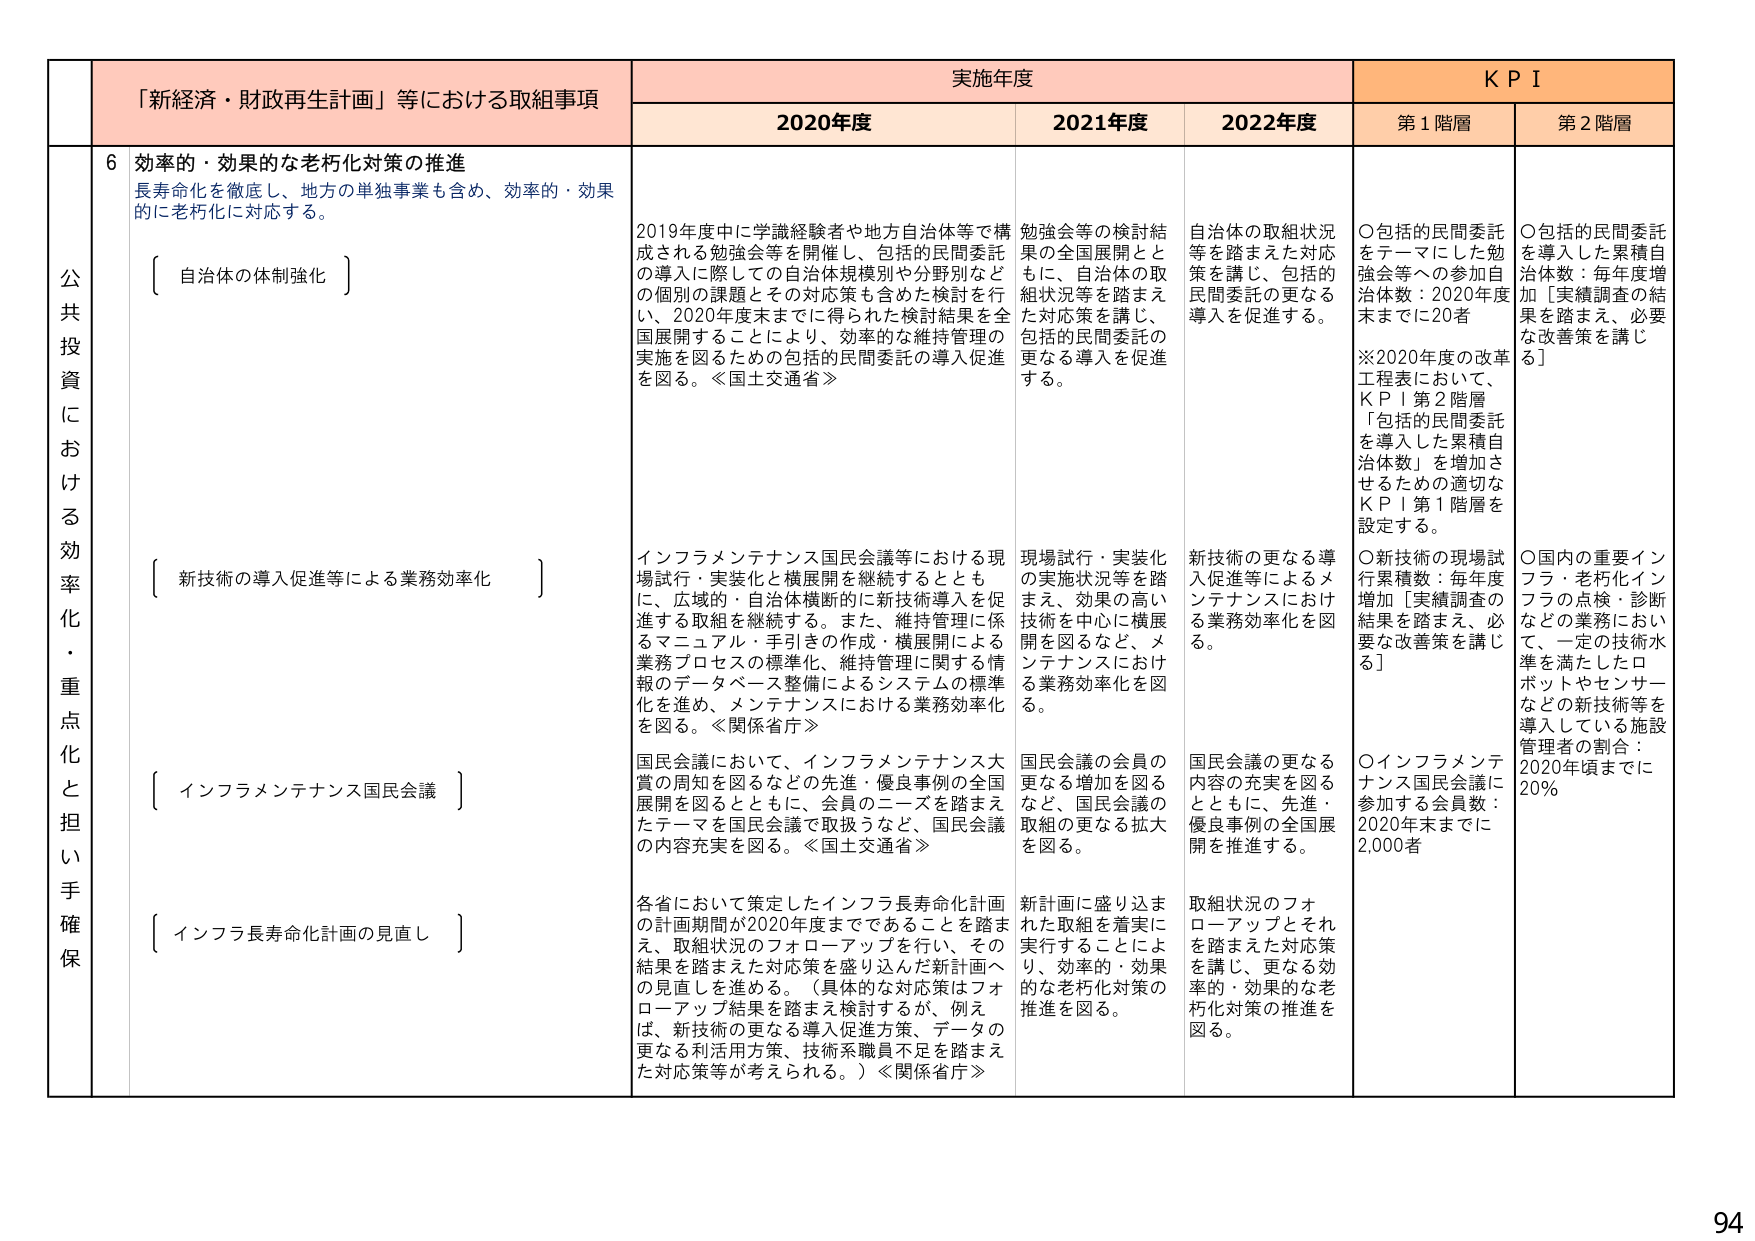
公共投資における効率化・重点化と担い手確保

「新経済・財政再生計画」等における取組事項

6 効率的・効果的な老朽化対策の推進
長寿命化を徹底し、地方の単独事業も含め、効率的・効果的に老朽化に対応する。

〔 自治体の体制強化 〕

〔 新技術の導入促進等による業務効率化 〕

〔 インフラメンテナンス国民会議 〕

〔 インフラ長寿命化計画の見直し 〕

実施年度

2020年度
2019年度中に学識経験者や地方自治体等で構成される勉強会等を開催し、包括的民間委託の導入に際しての自治体規模別や分野別などの個別の課題とその対応策も含めた検討を行い、2020年度末までに得られた検討結果を全国展開することにより、効率的な維持管理の実施を図るための包括的民間委託の導入促進を図る。≪国土交通省≫

インフラメンテナンス国民会議等における現場試行・実装化と横展開を継続するとともに、広域的・自治体横断的に新技術導入を促進する取組を継続する。また、維持管理に係るマニュアル・手引きの作成・横展開による業務プロセスの標準化、維持管理に関する情報のデータベース整備によるシステムの標準化を進め、メンテナンスにおける業務効率化を図る。≪関係省庁≫

国民会議において、インフラメンテナンス大賞の周知を図るなどの先進・優良事例の全国展開を図るとともに、会員のニーズを踏まえたテーマを国民会議で取扱うなど、国民会議の内容充実を図る。≪国土交通省≫

各省において策定したインフラ長寿命化計画の計画期間が2020年度までであることを踏まえ、取組状況のフォローアップを行い、その結果を踏まえた対応策を盛り込んだ新計画への見直しを進める。（具体的な対応策はフォローアップ結果を踏まえ検討するが、例えば、新技術の更なる導入促進方策、データの更なる利活用方策、技術系職員不足を踏まえた対応策等が考えられる。）≪関係省庁≫

2021年度
勉強会等の検討結果もとに、自治体の取組状況等を踏まえた対応策を講じ、包括的民間委託の更なる導入を促進する。

現場試行・実装化の実施状況等を踏まえ、効果の高い技術を中心に横展開を図るなど、メンテナンスにおける業務効率化を図る。

国民会議の会員の更なる増加を図るなど、国民会議の取組の更なる拡大を図る。

新計画に盛り込まれた取組を着実に実行することにより、効率的・効果的な老朽化対策の推進を図る。

2022年度
自治体の取組状況等を踏まえた対応策を講じ、包括的民間委託の更なる導入を促進する。

新技術の更なる導入促進等によるメンテナンスにおける業務効率化を図る。

国民会議の更なる内容の充実を図るとともに、先進・優良事例の全国展開を推進する。

取組状況のフォローアップとそれを踏まえた対応策を講じ、更なる効率的・効果的な老朽化対策の推進を図る。

KPI

第1階層
○包括的民間委託をテーマにした勉強会等への参加自治体数：2020年度末までに20者
※2020年度の改革工程表において、KPI第2階層「包括的民間委託を導入した累積自治体数」を増加させるための適切なKPI第1階層を設定する。
○新技術の現場試行累積数：毎年度増加［実績調査の結果を踏まえ、必要な改善策を講じる］
○インフラメンテナンス国民会議に参加する会員数：2020年末までに2,000者

第2階層
○包括的民間委託を導入した累積自治体数：毎年度増加［実績調査の結果を踏まえ、必要な改善策を講じる］
○国内の重要インフラ・老朽化インフラの点検・診断などの業務において、一定の技術水準を満たしたロボットやセンサーなどの新技術等を導入している施設管理者の割合：2020年頃までに20%

94